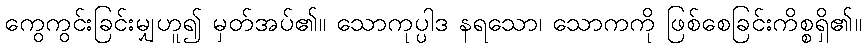
ကွေကွင်းခြင်းမျှဟူ၍ မှတ်အပ်၏။ သောကုပ္ပါဒ နရသော၊ သောကကို ဖြစ်စေခြင်းကိစ္စရှိ၏။